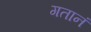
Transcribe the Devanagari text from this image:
गतानं